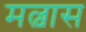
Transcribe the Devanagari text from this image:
मल्वास